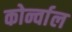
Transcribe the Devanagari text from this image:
कोर्न्वाल